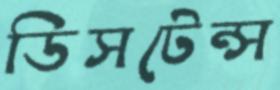
ডিসটেন্স